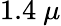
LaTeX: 1.4~\mu